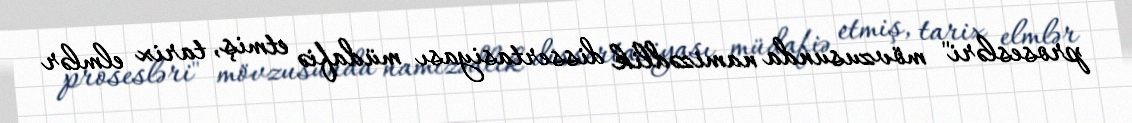
prosesləri" mövzusunda namizədlik dissertasiyası müdafiə etmiş, tarix elmlər